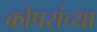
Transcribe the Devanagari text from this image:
कोपरांच्या